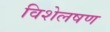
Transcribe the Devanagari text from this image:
विशेलषण